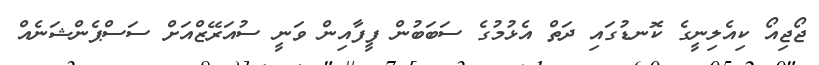
ޖޯޖިއޯ ކިއެލިނީގެ ކޮނޑުގައި ދަތް އެޅުމުގެ ސަބަބުން ފީފާއިން ވަނީ ސުއަރޭޒްއަށް ސަސްޕެންޝަނެއް